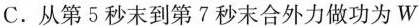
C.从第5秒末到第7秒末合外力做功为W